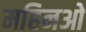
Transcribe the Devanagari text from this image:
महिनओ